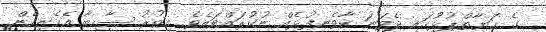
ގެ ޙަޔާތްޕުޅުގައި ދެވަނަ ކާވެނިފުޅެއް ނުކުރައްވައެވެ. އިތުރު ސާހިބާ އެހެނިހެން